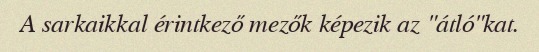
A sarkaikkal érintkező mezők képezik az "átló"kat.